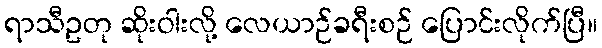
ရာသီဥတု ဆိုးဝါးလို့ လေယာဉ်ခရီးစဉ် ပြောင်းလိုက်ပြီ။